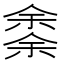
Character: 𠎳